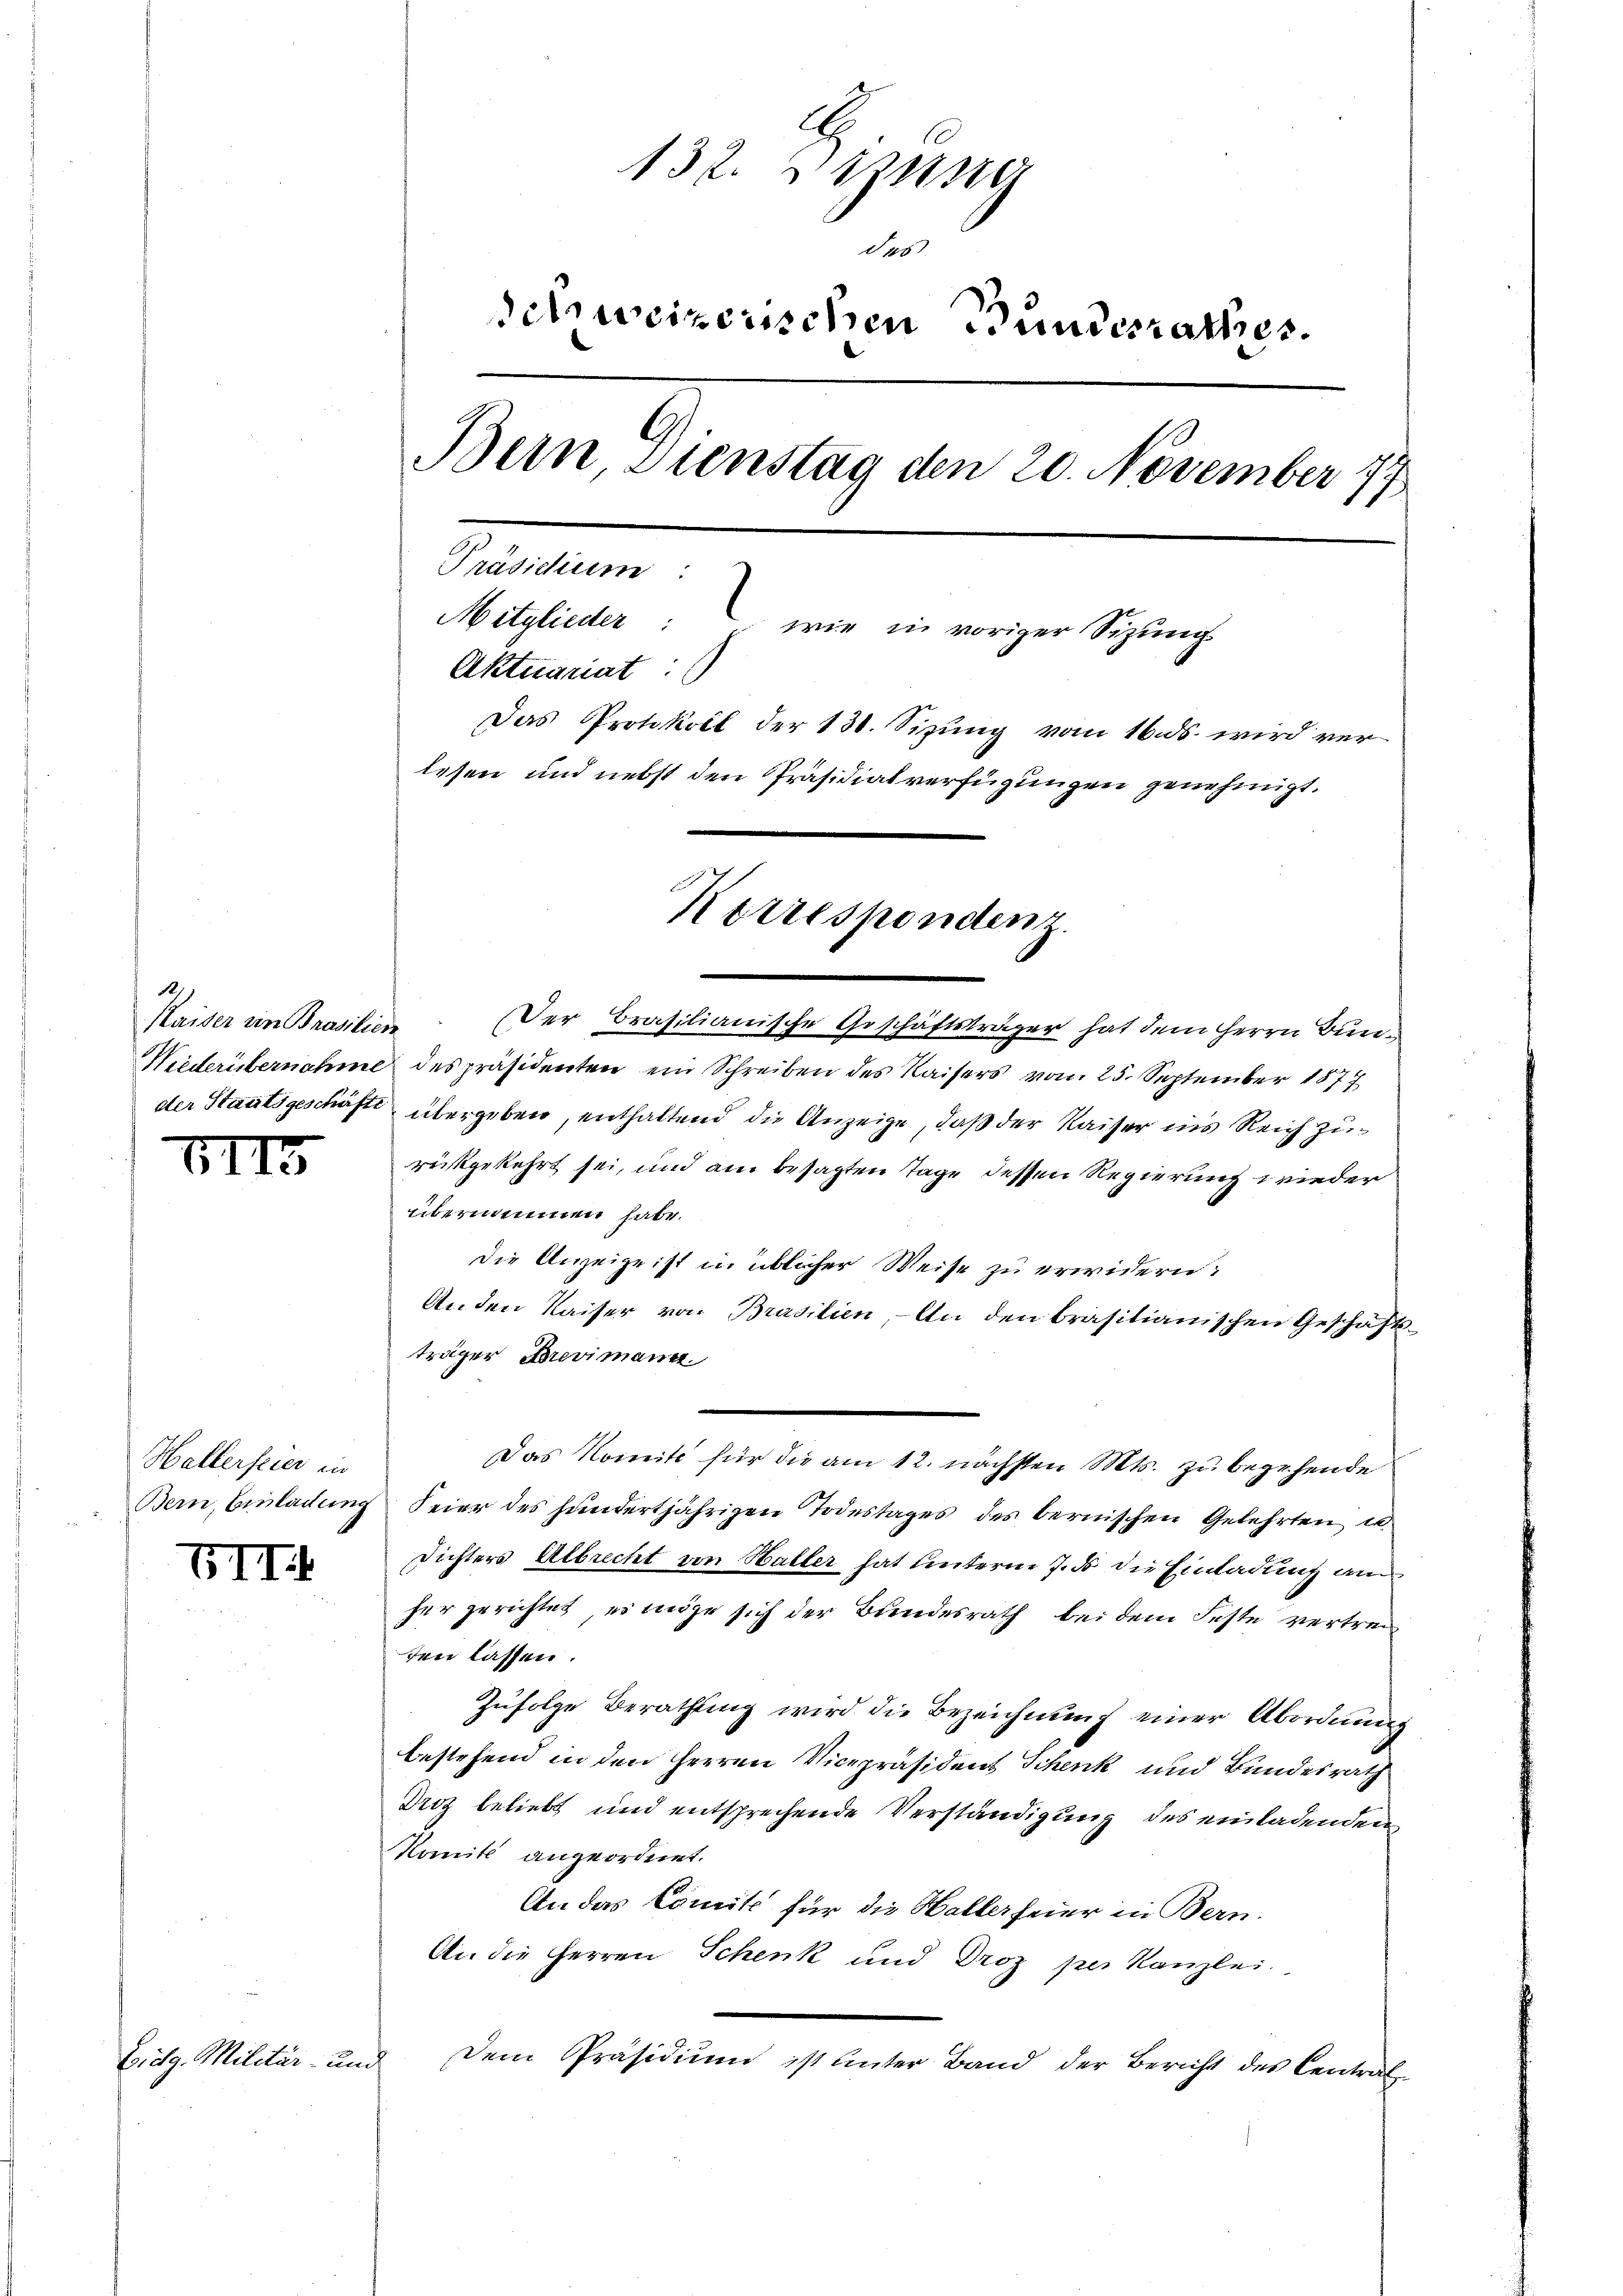
12
Kaiser ein Brasilien

VIII

Hallerfeier in

Eidg. Militär.

VII.

132. Jung
1
e
dehweizerischen Bundesrathes.
Bern, Dienstag den 20. November 177
Präsidium:
Mitglieder: wie in voriger Sizŭng
Aktuariat:
Das Protokoll der 131. Sizŭng vom 16. ds. wird verlesen und nebst den Präsidialverfügungen genehmigt.
Korrespondenz.

in

Der Brasilianische Geschäftsträger hat dem Herrn Bun¬
Niederübernahme des präsidenten ein Schreiben des Kaisers vom 25. September 1877
der Staatsgeschäfte übergeben, enthaltend die Anzeige, daß der Kaiser ins Reich zurückgekehrt sei, und am besagten Tage dessen Regierung wieder
übernommen habe.
die Anzeige ist in üblicher Weise zu erwidern?
Anden Kaiser von Brasilien- An den brasilianischen Geschäfts-
träger Brevimann.
Das Komité für die am 12. nächsten Mts. zu begehende
Bern, Einladung Feier des hundertjährigen Todestages des bernischen Gelehrten in
Dichters Albrecht von Haller hat unterm 7. d. die Einladung am
her gerichtet, es möge sich der Bundesrath bei dem Feste vertreten lassen.
Zufolge Berathung wird die Bezeichnung einer Abordnung
bestehend in den Herren Vicepräsidens Schenk und Bundesrath
Driz beliebt und entsprechende Verständigung des einladenden
Komité angeordnet.
An das Comité für die Hallerfeier in Bern.
An die Herren Schenk und Droz per Kanzlei.
Dem Präsidiŭm ist unter Band der Bericht des Central-
ut